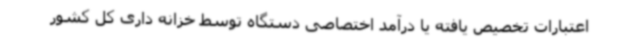
اعتبارات تخصیص یافته یا درآمد اختصاصی دستگاه توسط خزانه داری کل کشور